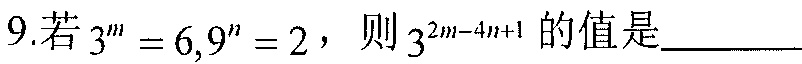
9.若\(3^{m}=6,9^{n}=2\)，则\(3^{2m - 4n + 1}\)的值是__________